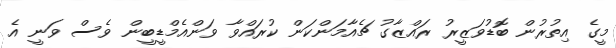
މީގެ އިތުރުން ބޮޑުވަޒީރު ރައްޒާގު ޗެއާމަންކަން ކުރައްވާ ވަންއެމްޑީބީން ވެސް ވަނީ އެ